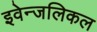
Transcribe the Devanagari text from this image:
इवेन्जलिकल